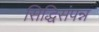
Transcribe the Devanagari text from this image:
सिद्धिसंपन्न